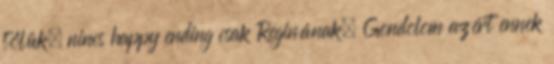
tőlük, nincs happy ending csak Reginának. Gondolom azért ennek